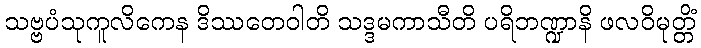
သဗ္ဗပံသုကူလိကေန ဒိဿတေဝါတိ သဒ္ဒမကာသီတိ ပရိဘဏ္ဍာနိ ဖလဝိမုတ္တိံ